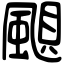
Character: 𩗗